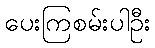
ပေးကြစမ်းပါဦး